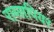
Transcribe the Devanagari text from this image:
राब्सपियर